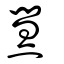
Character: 熭